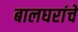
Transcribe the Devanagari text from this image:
बालघरांचे